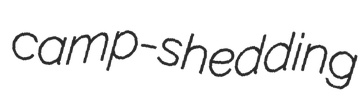
camp-shedding